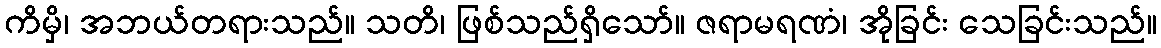
ကိမှိ၊ အဘယ်တရားသည်။ သတိ၊ ဖြစ်သည်ရှိသော်။ ဇရာမရဏံ၊ အိုခြင်း သေခြင်းသည်။